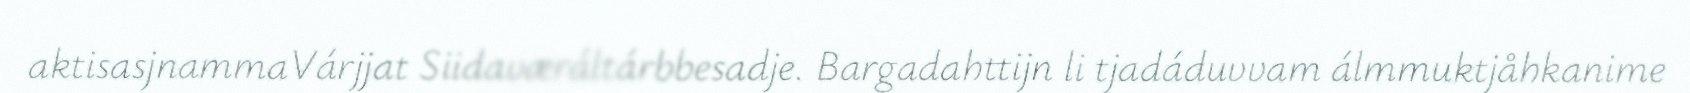
aktisasjnammaVárjjat Siidaværáltárbbesadje. Bargadahttijn li tjadáduvvam álmmuktjåhkanime